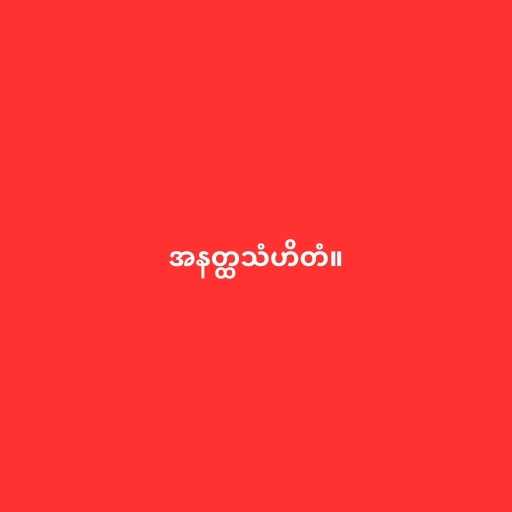
အနတ္ထသံဟိတံ။